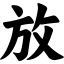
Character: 放